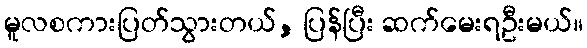
မူလစကားပြတ်သွားတယ်, ပြန်ပြီး ဆက်မေးရဦးမယ်။